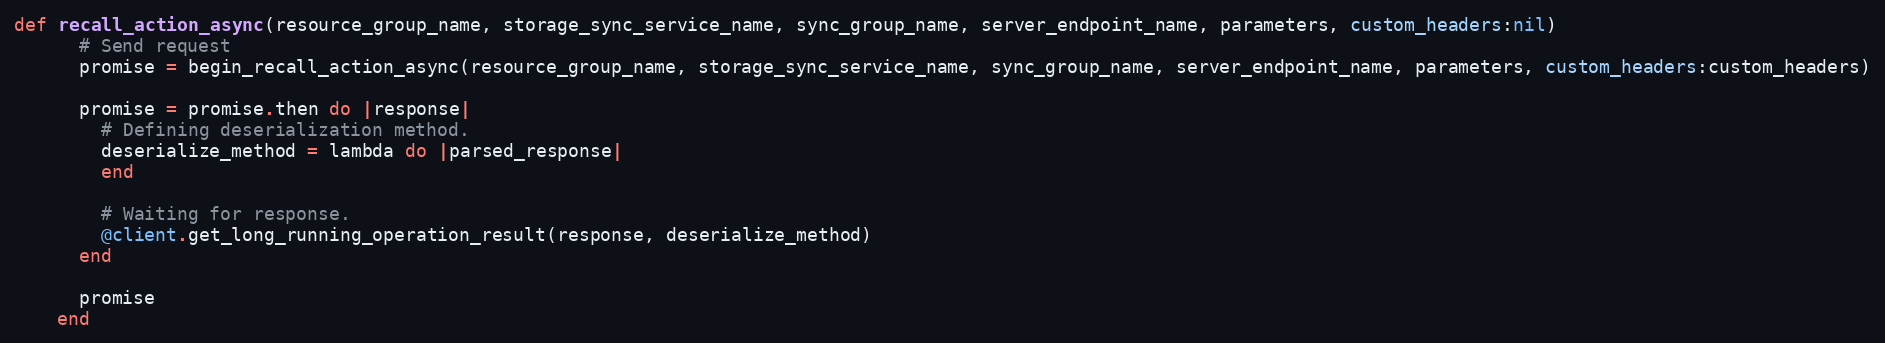
Language: Ruby
def recall_action_async(resource_group_name, storage_sync_service_name, sync_group_name, server_endpoint_name, parameters, custom_headers:nil)
      # Send request
      promise = begin_recall_action_async(resource_group_name, storage_sync_service_name, sync_group_name, server_endpoint_name, parameters, custom_headers:custom_headers)

      promise = promise.then do |response|
        # Defining deserialization method.
        deserialize_method = lambda do |parsed_response|
        end

        # Waiting for response.
        @client.get_long_running_operation_result(response, deserialize_method)
      end

      promise
    end